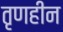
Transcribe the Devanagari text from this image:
तृणहीन